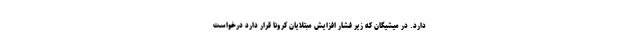
دارد. در میشیگان که زیر فشار افزایش مبتلایان کرونا قرار دارد درخواست